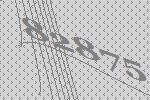
82875